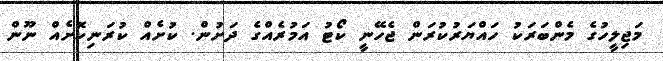
މަޖިލީހުގެ މެންބަރަކު ހައްޔަރުކުރަން ޖެހޭނީ ކޯޓު އަމުރެއްގެ ދަށުން. ކުށެއް ކުރަނިކޮށެއް ނޫން